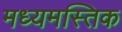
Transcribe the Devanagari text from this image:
मध्यमस्तिक